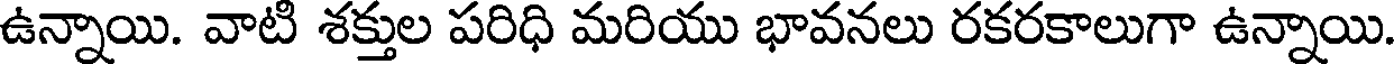
ఉన్నాయి. వాటి శక్తుల పరిధి మరియు భావనలు రకరకాలుగా ఉన్నాయి.